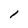
Character: l